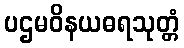
ပဌမဝိနယဓရသုတ္တံ